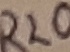
Text: R20